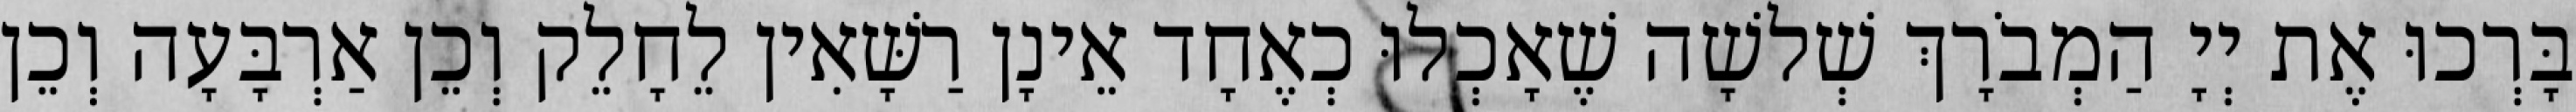
בָּרְכוּ אֶת יְיָ הַמְבֹרָךְ שְׁלשָׁה שֶׁאָכְלוּ כְאֶחָד אֵינָן רַשָּׁאִין לֵחָלֵק וְכֵן אַרְבָּעָה וְכֵן